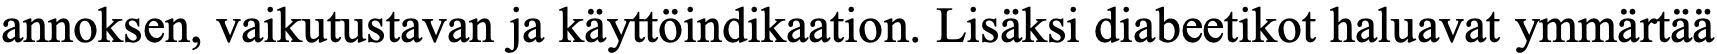
annoksen, vaikutustavan ja käyttöindikaation. Lisäksi diabeetikot haluavat ymmärtää